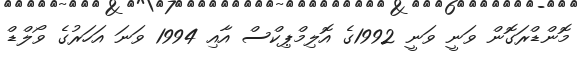
މޮންޑްރަގޮން ވަނީ ވަނީ 1992ގެ އޮލިމްޕިކްސް އާއި 1994 ވަނަ އަހަރުގެ ވޯލްޑް